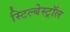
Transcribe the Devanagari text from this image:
स्टिल्बेस्ट्रॉल